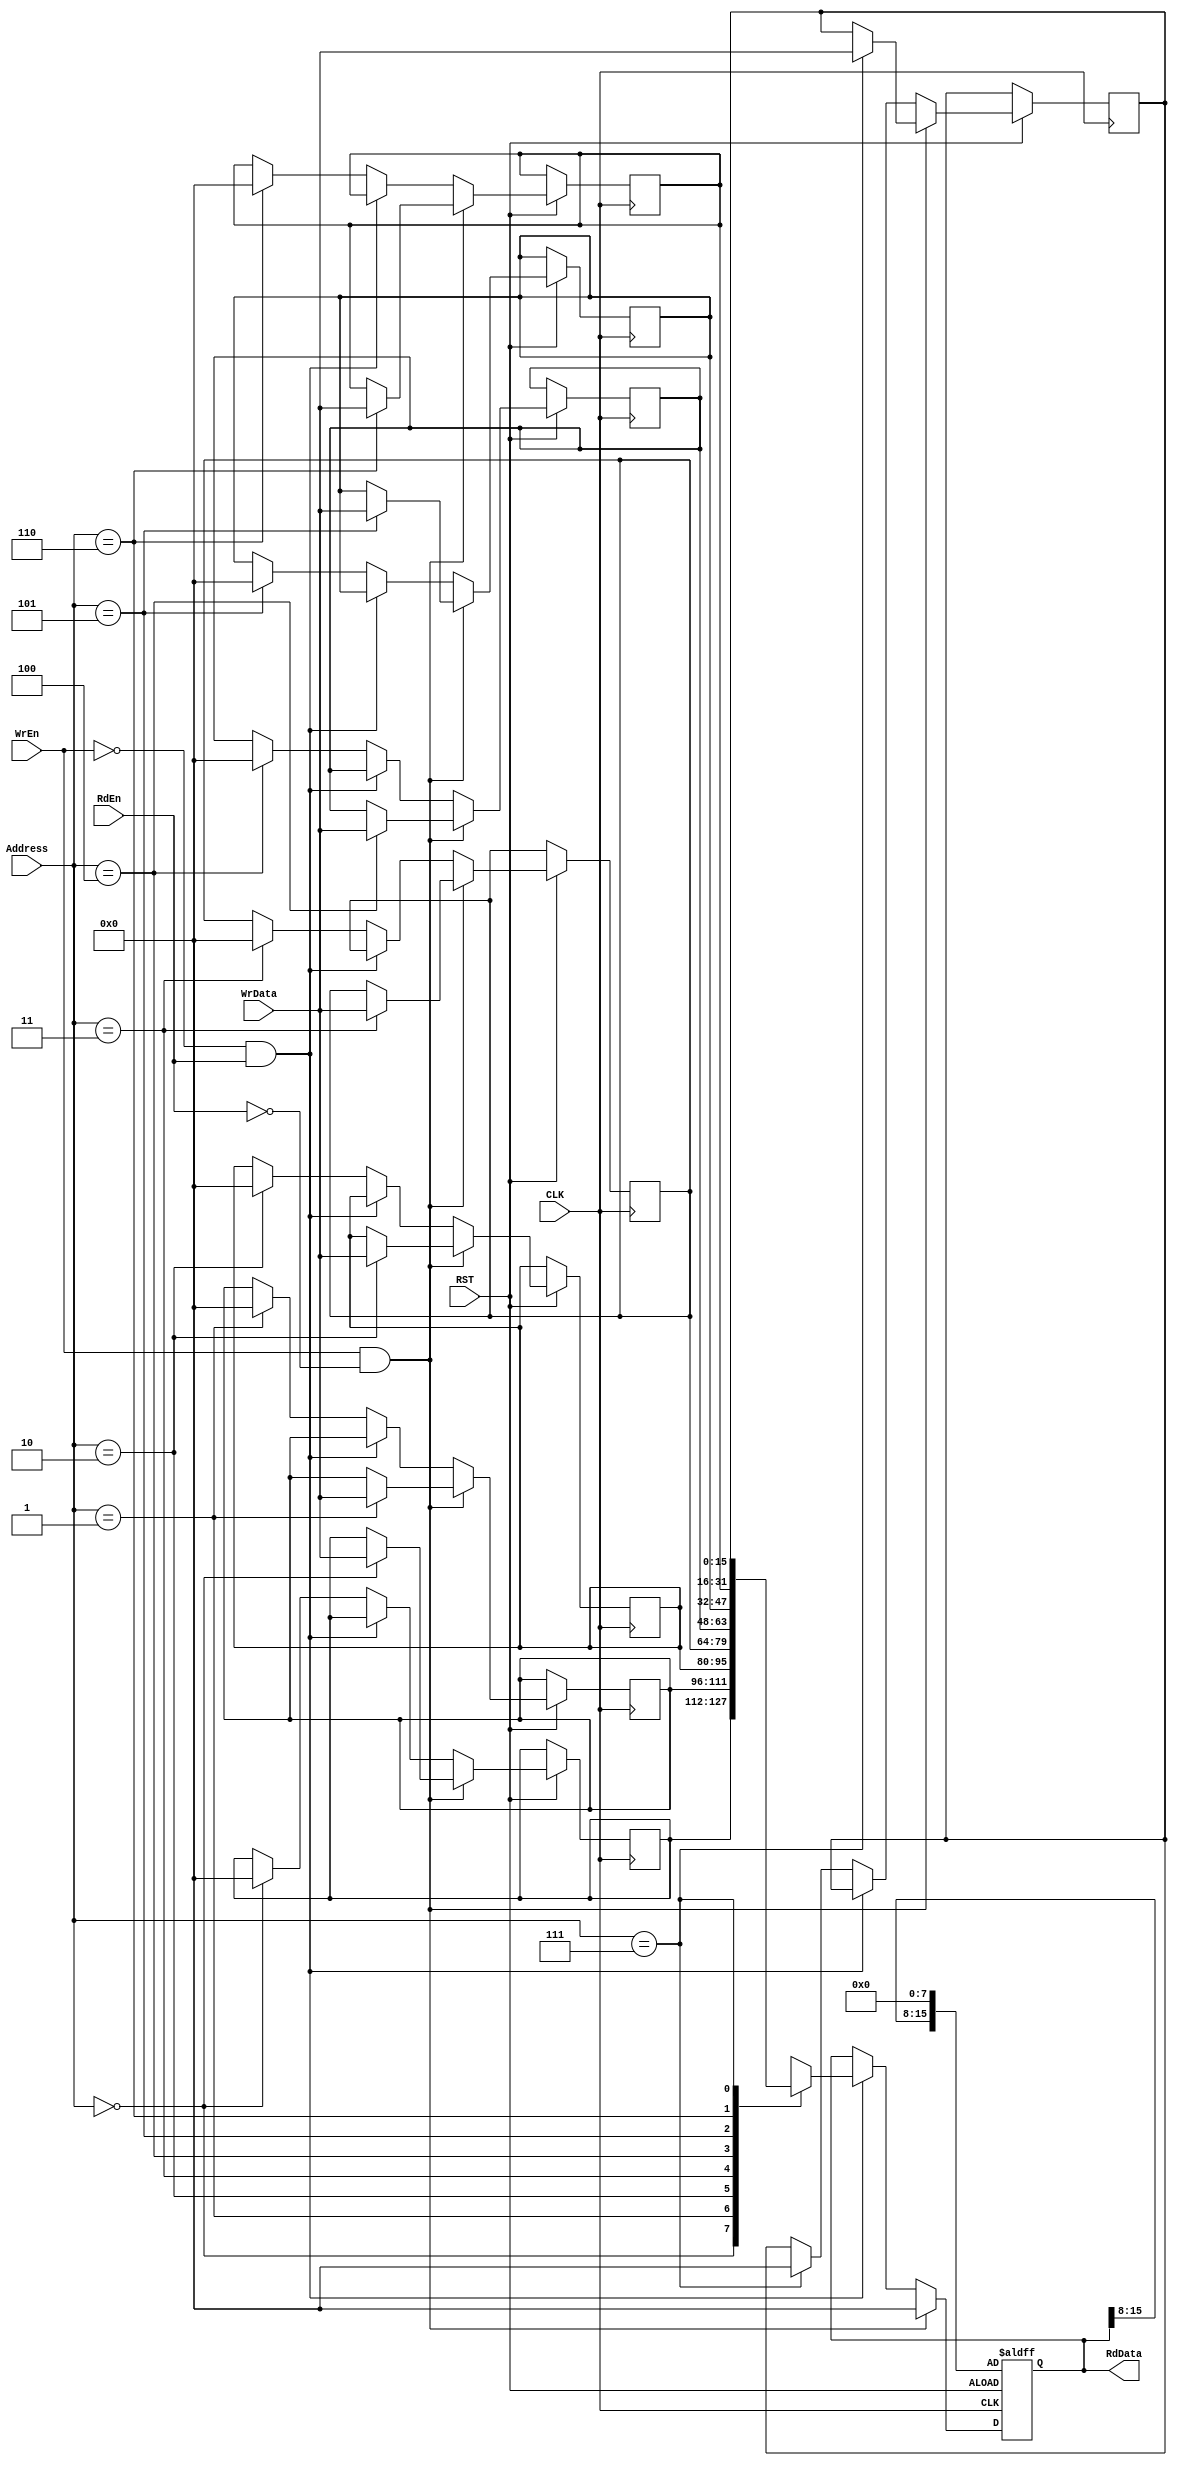
module Regiser_File 
#(parameter depth = 8,
  parameter width = 16,
  parameter address = 3 )
  //################################
(
input wire [width-1:0] WrData ,
input wire [address-1:0] Address,
input wire WrEn,
input wire RdEn,
input wire CLK,
input wire RST,
output reg [width-1:0] RdData
);
//##################################
reg [width-1:0] MEM [depth-1:0];
integer i = 0;
always @(posedge CLK or negedge RST)
begin 
  if(!RST)
    begin
      for (i=0;i<8;i=i+1)
      RdData[i]<='d0;
    end
  else
    begin
      if (WrEn && !RdEn)
        begin
          RdData <=16'b0;
          MEM[Address]<=WrData;
        end
      else if (!WrEn && RdEn)
        begin
        RdData <= MEM[Address];
        end
      else
        MEM[Address] <= 16'b0;
      end
    end
    endmodule